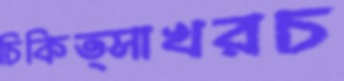
চিকিত্সাখরচ